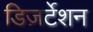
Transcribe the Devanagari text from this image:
डिज़र्टेशन